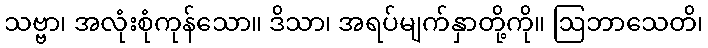
သဗ္ဗာ၊ အလုံးစုံကုန်သော။ ဒိသာ၊ အရပ်မျက်နှာတို့ကို။ ဩဘာသေတိ၊